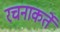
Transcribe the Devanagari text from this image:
रचनाकर्ते